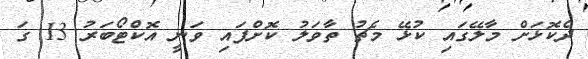
ދެކޮޅަށް މާލޭގައި ކުޅޭ މެޗު ތާވަލު ކޮށްފައި ވަނީ އޮކްޓޯބަރު 13 ގަ